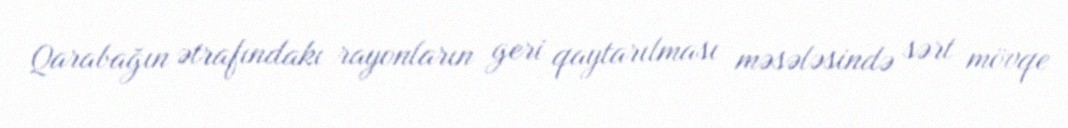
Qarabağın ətrafındakı rayonların geri qaytarılması məsələsində sərt mövqe